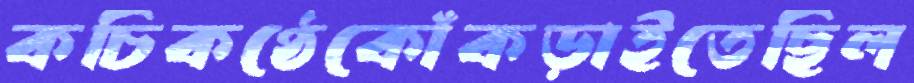
কচিকণ্ঠেকোঁকড়াইতেছিল